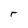
Character: r